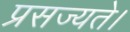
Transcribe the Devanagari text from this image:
प्रसज्यते।